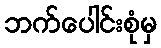
ဘက်ပေါင်းစုံမှ